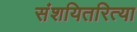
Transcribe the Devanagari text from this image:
संशयितरित्या